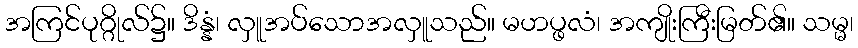
အကြင်ပုဂ္ဂိုလ်၌။ ဒိန္နံ၊ လှူအပ်သောအလှူသည်။ မဟပ္ဖလံ၊ အကျိုးကြီးမြတ်၏။ သမ္မ၊